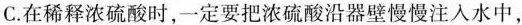
C.在稀释浓硫酸时，一定要把浓硫酸沿器壁慢慢注入水中，